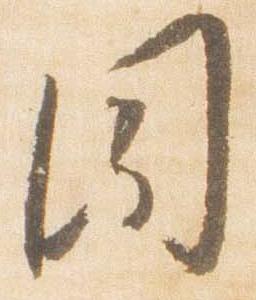
聞